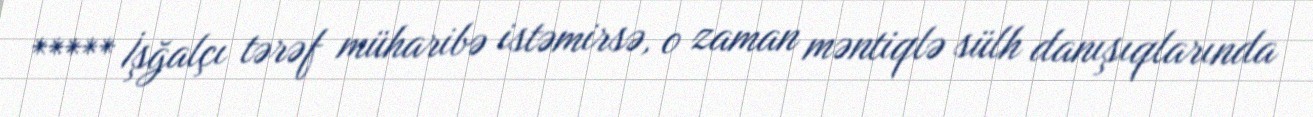
***** İşğalçı tərəf müharibə istəmirsə, o zaman məntiqlə sülh danışıqlarında